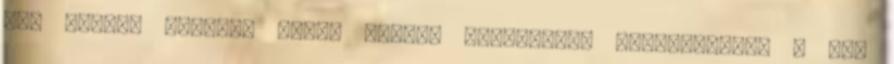
cím Adatok küldése saját részre e-mailben. Csodasövény, 7 óra